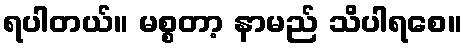
ရပါတယ်။ မစ္စတာ့ နာမည် သိပါရစေ။